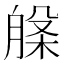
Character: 𭨾